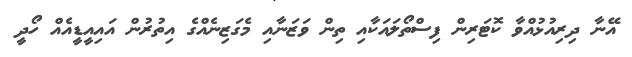
އޭނާ ދިރިއުޅުއްވާ ކޮޓަރިން ފިސްތޯލައަކާއި ތިން ވަޒަނާއި މެގަޒިނެއްގެ އިތުރުން އައިއީޑީއެއް ހޯދީ